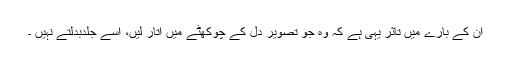
ان کے بارے میں تاثر یہی ہے کہ وہ جو تصویر دل کے چوکھٹے میں اتار لیں، اسے جلدبدلتے نہیں ۔